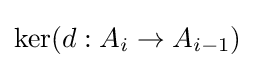
\operatorname {ker} (d:A_{i}\to A_{i-1})